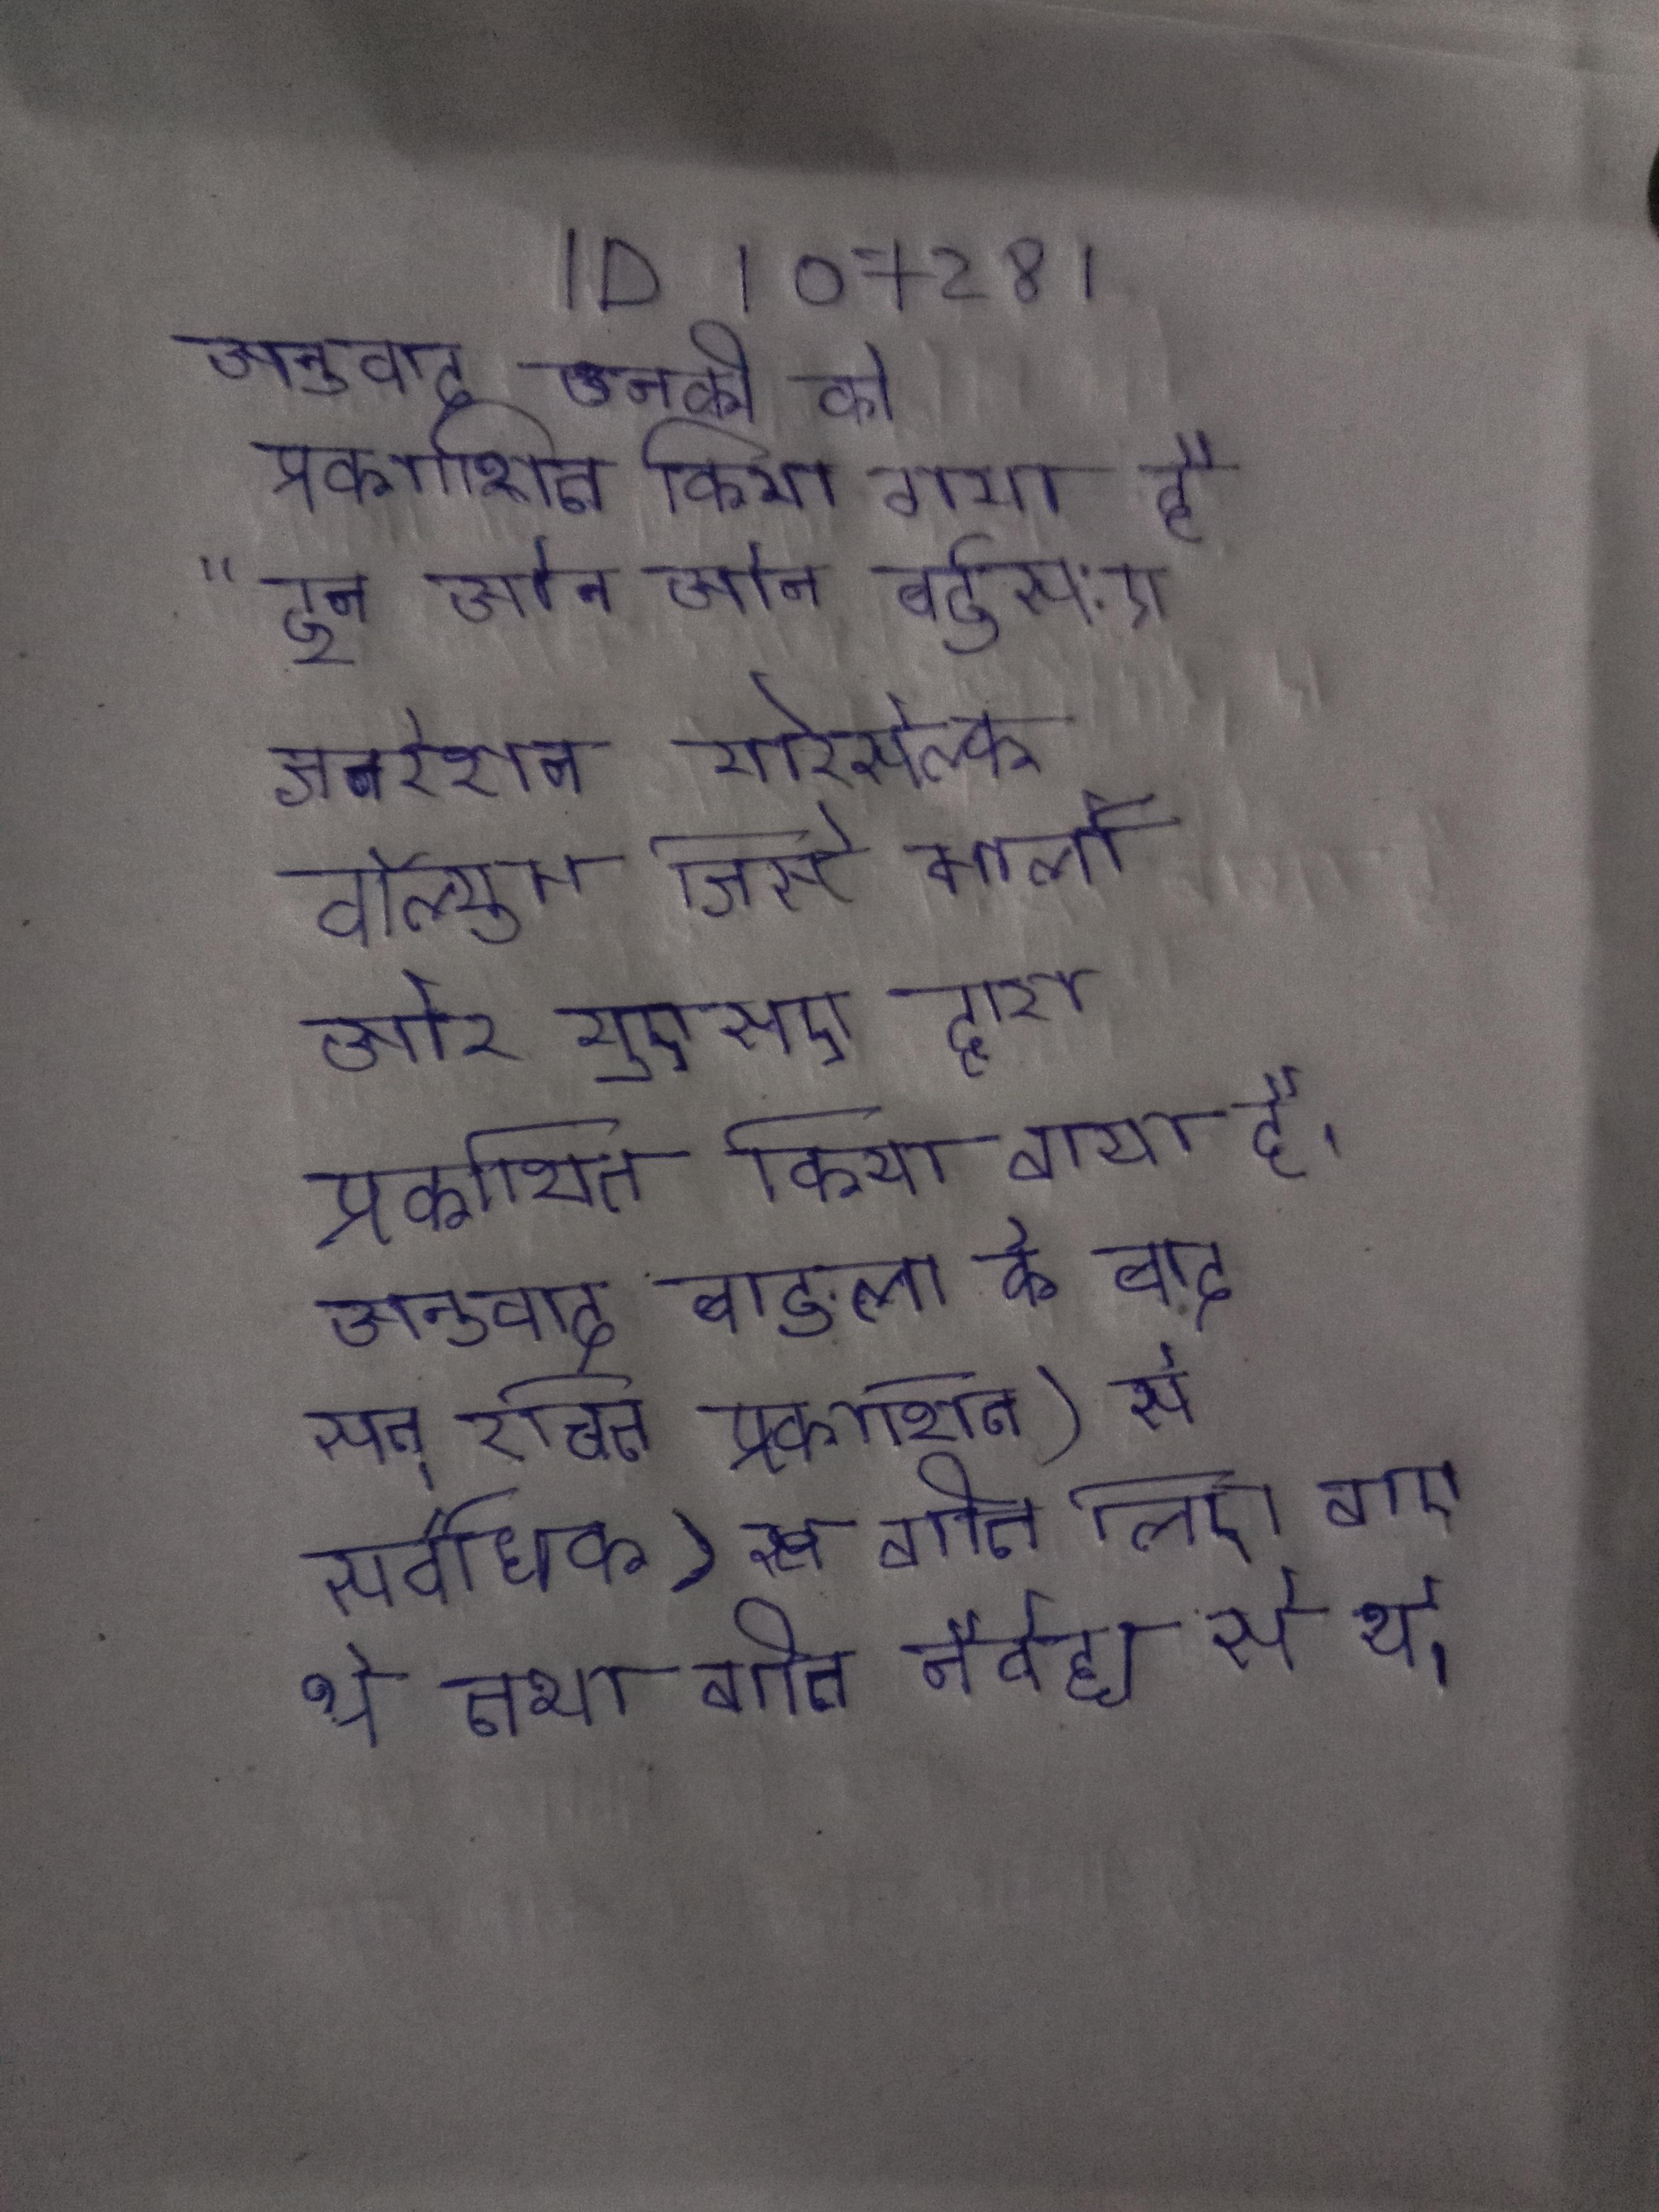
अनुवाद उनकी को प्रकाशित किया गया है, "इन ओन ओन वर्ड्स: ए जनरेशन योरसेल्फ - वॉल्यूम जिसे मार्लो वीवर द्वारा किया गया है और यूएसए द्वारा प्रकाशित किया गया है । अनुवाद बाङ्ला के बाद सन् रचित प्रकाशित) से सर्वाधिक गीत लिए गए थे तथा गीत नैवेद्य से थे ।